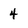
Character: 4